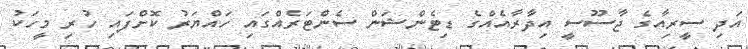
އަދި ސީރިއާގެ ޖާސޫސީ އިދާރާއެއްގެ ޑިޓެންޝަން ސެންޓަރެއްގައި ހައްޔަރު ކޮށްފައި ހުރި މީހަކު